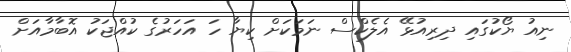
ނިއު ޔޯކުގައި ދިރިއުޅޭ އެލެކްސް ނަމަކަށް ކިޔާ ހަ އަހަރުގެ ކުއްޖަކު އޮބާމާއަށް